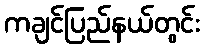
ကချင်ပြည်နယ်တွင်း